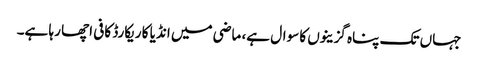
جہاں تک پناہ گزینوں کا سوال ہے، ماضی میں انڈیا کا ریکارڈ کافی اچھا رہا ہے۔